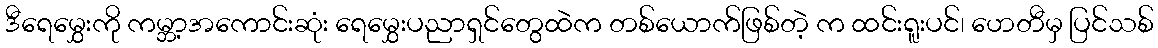
ဒီရေမွှေးကို ကမ္ဘာ့အကောင်းဆုံး ရေမွှေးပညာရှင်တွေထဲက တစ်ယောက်ဖြစ်တဲ့ က ထင်းရူးပင်၊ ဟေတီမှ ပြင်သစ်